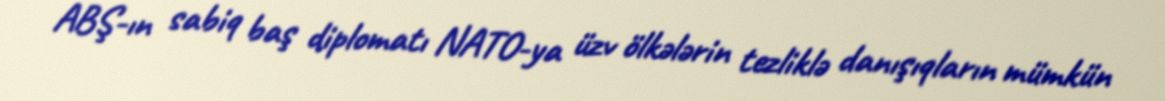
ABŞ-ın sabiq baş diplomatı NATO-ya üzv ölkələrin tezliklə danışıqların mümkün